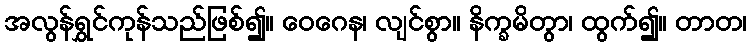
အလွန်ရွှင်ကုန်သည်ဖြစ်၍။ ဝေဂေန၊ လျင်စွာ။ နိက္ခမိတွာ၊ ထွက်၍။ တာတ၊